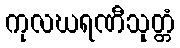
ကုလဃရဏီသုတ္တံ